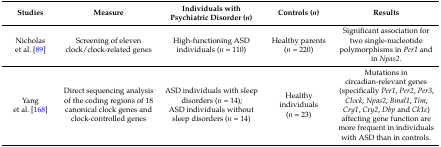
<table><thead><tr><td><b>Studies</b></td><td><b>Measure</b></td><td><b>Individuals with Psychiatric Disorder (<i>n</i>)</b></td><td><b>Controls (<i>n</i>)</b></td><td><b>Results</b></td></tr></thead><tbody><tr><td>Nicholas et al. [89]</td><td>Screening of eleven clock/clock-related genes</td><td>High-functioning ASD individuals (<i>n</i> = 110)</td><td>Healthy parents (<i>n</i> = 220)</td><td>Significant association for two single-nucleotide polymorphisms in <i>Per1</i> and in <i>Npas2</i>.</td></tr><tr><td>Yang et al. [168]</td><td>Direct sequencing analysis of the coding regions of 18 canonical clock genes and clock-controlled genes</td><td>ASD individuals with sleep disorders (<i>n</i> = 14);ASD individuals without sleep disorders (<i>n</i> = 14) </td><td>Healthy individuals (<i>n</i> = 23)</td><td>Mutations in circadian-relevant genes (specifically <i>Per1</i>, <i>Per2</i>, <i>Per3</i>, <i>Clock</i>, <i>Npas2</i>, <i>Bmal1</i>, <i>Tim</i>, <i>Cry1</i>, <i>Cry2</i>, <i>Dbp</i> and <i>Ck1ε</i>) affecting gene function are more frequent in individuals with ASD than in controls.</td></tr></tbody></table>